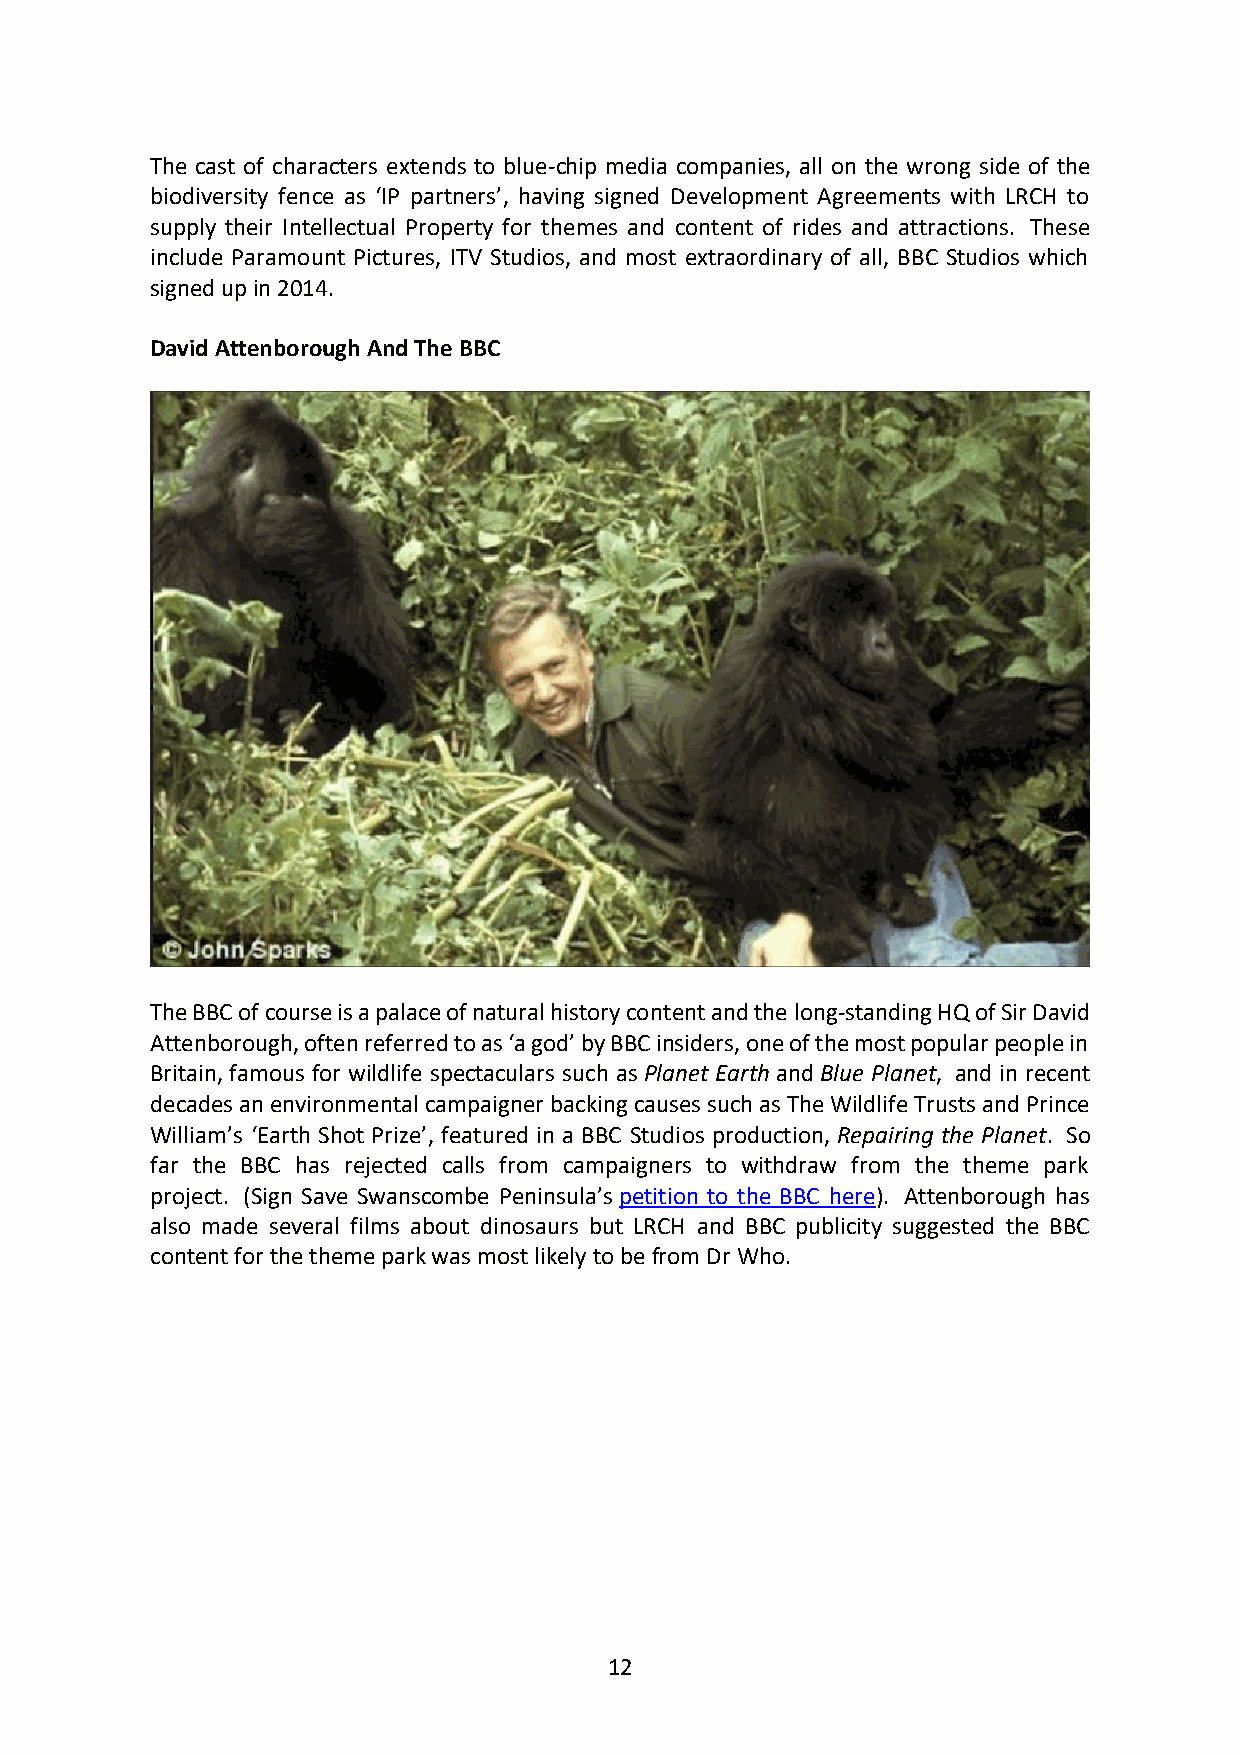
The cast of characters extends to blue-chip media companies, all on the wrong side of the
 biodiversity fence as ‘IP partners’, having signed Development Agreements with LRCH to
 supply their Intellectual Property for themes and content of rides and attractions. These
 include Paramount Pictures, ITV Studios, and most extraordinary of all, BBC Studios which
 signed up in 2014.
 David Attenborough And The BBC
 The BBC of course is a palace of natural history content and the long-standing HQ of Sir David
 Attenborough, often referred to as ‘a god’ by BBC insiders, one of the most popular people in
 Britain, famous for wildlife spectaculars such as Planet Earth and Blue Planet, and in recent
 decades an environmental campaigner backing causes such as The Wildlife Trusts and Prince
 William’s ‘Earth Shot Prize’, featured in a BBC Studios production, Repairing the Planet. So
 far the BBC has rejected calls from campaigners to withdraw from the theme park
 project. (Sign Save Swanscombe Peninsula’s petition to the BBC here). Attenborough has
 also made several films about dinosaurs but LRCH and BBC publicity suggested the BBC
 content for the theme park was most likely to be from Dr Who.
 12